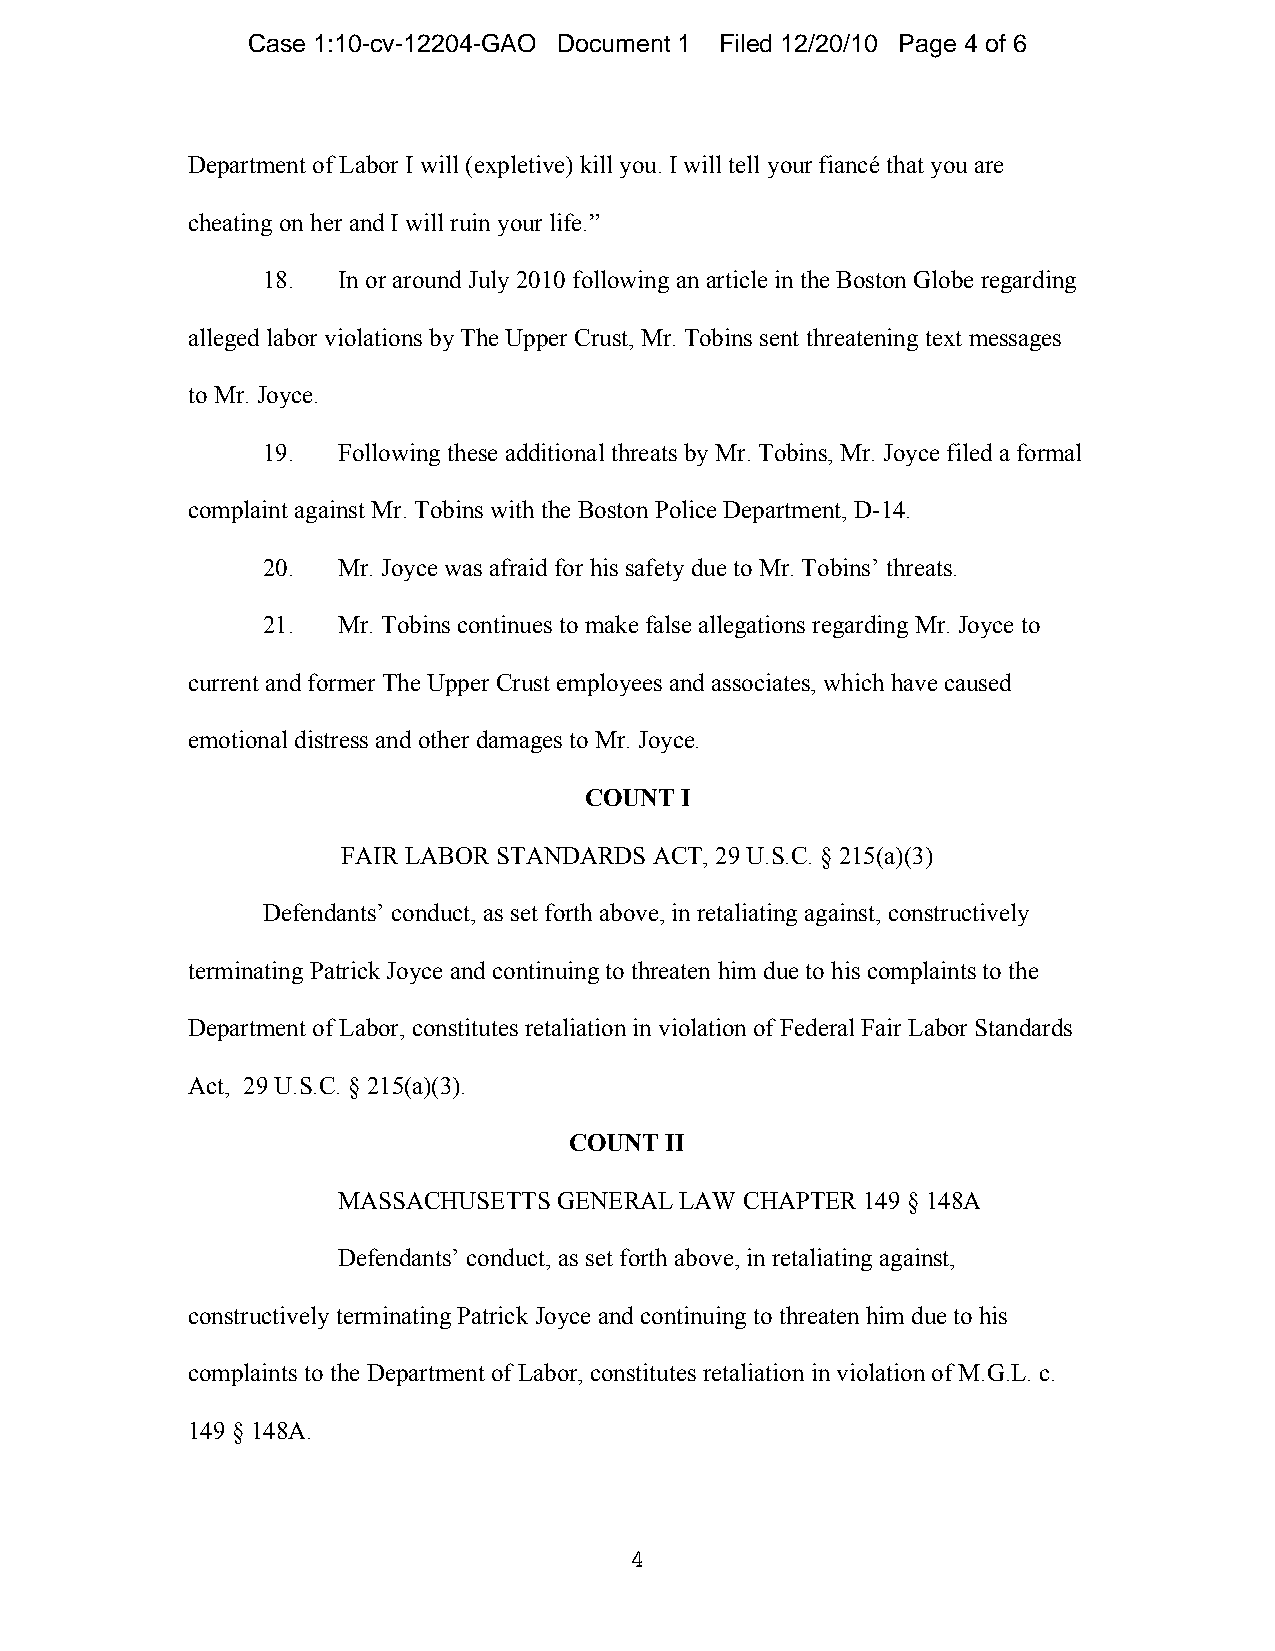
Case 1:10-cv-12204-GAO Document 1 Filed 12/20/10 Page 4 of 6
 Department of Labor I will (expletive) kill you. I will tell your fiancé that you are
 cheating on her and I will ruin your life.”
 18.  In or around July 2010 following an article in the Boston Globe regarding
 alleged labor violations by The Upper Crust, Mr. Tobins sent threatening text messages
 to Mr. Joyce.
 19.  Following these additional threats by Mr. Tobins, Mr. Joyce filed a formal
 complaint against Mr. Tobins with the Boston Police Department, D-14.
 20.  Mr. Joyce was afraid for his safety due to Mr. Tobins’ threats.
 21.  Mr. Tobins continues to make false allegations regarding Mr. Joyce to
 current and former The Upper Crust employees and associates, which have caused
 emotional distress and other damages to Mr. Joyce.
 COUNT I
 FAIR LABOR STANDARDS ACT, 29 U.S.C. § 215(a)(3)
 Defendants’ conduct, as set forth above, in retaliating against, constructively
 terminating Patrick Joyce and continuing to threaten him due to his complaints to the
 Department of Labor, constitutes retaliation in violation of Federal Fair Labor Standards
 Act, 29 U.S.C. § 215(a)(3).
 COUNT II
 MASSACHUSETTS  GENERAL LAW CHAPTER 149 § 148A
 Defendants’ conduct, as set forth above, in retaliating against,
 constructively terminating Patrick Joyce and continuing to threaten him due to his
 complaints to the Department of Labor, constitutes retaliation in violation of M.G.L. c.
 149 § 148A.
 4